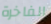
الفاخرة